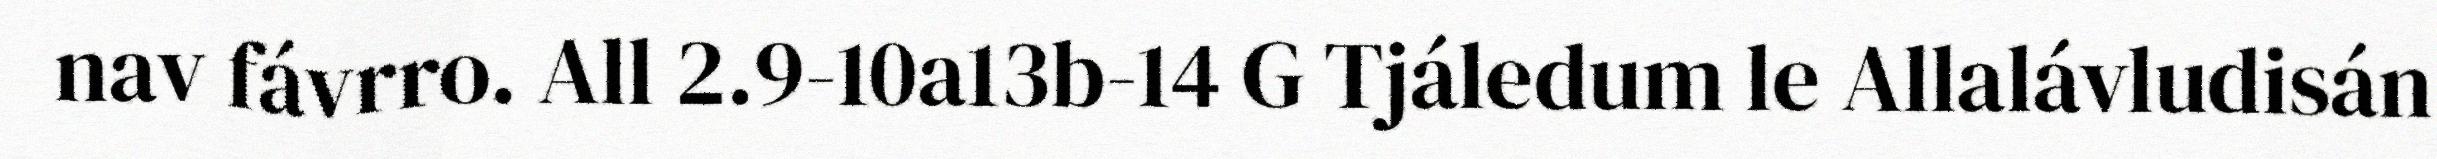
nav fávrro. All 2.9-10a13b-14 G Tjáledum le Allalávludisán